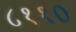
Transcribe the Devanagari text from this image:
८११०